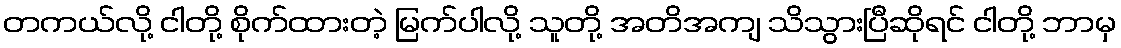
တကယ်လို့ ငါတို့ စိုက်ထားတဲ့ မြက်ပါလို့ သူတို့ အတိအကျ သိသွားပြီဆိုရင် ငါတို့ ဘာမှ